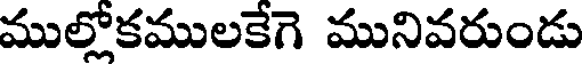
ముల్లోకములకేగె మునివరుండు